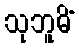
သုဘူမိံ